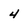
Character: 4